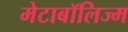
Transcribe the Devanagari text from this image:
मेटाबॉलिज्म